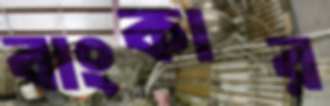
বাংকার